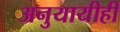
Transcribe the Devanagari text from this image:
अनुयायीही